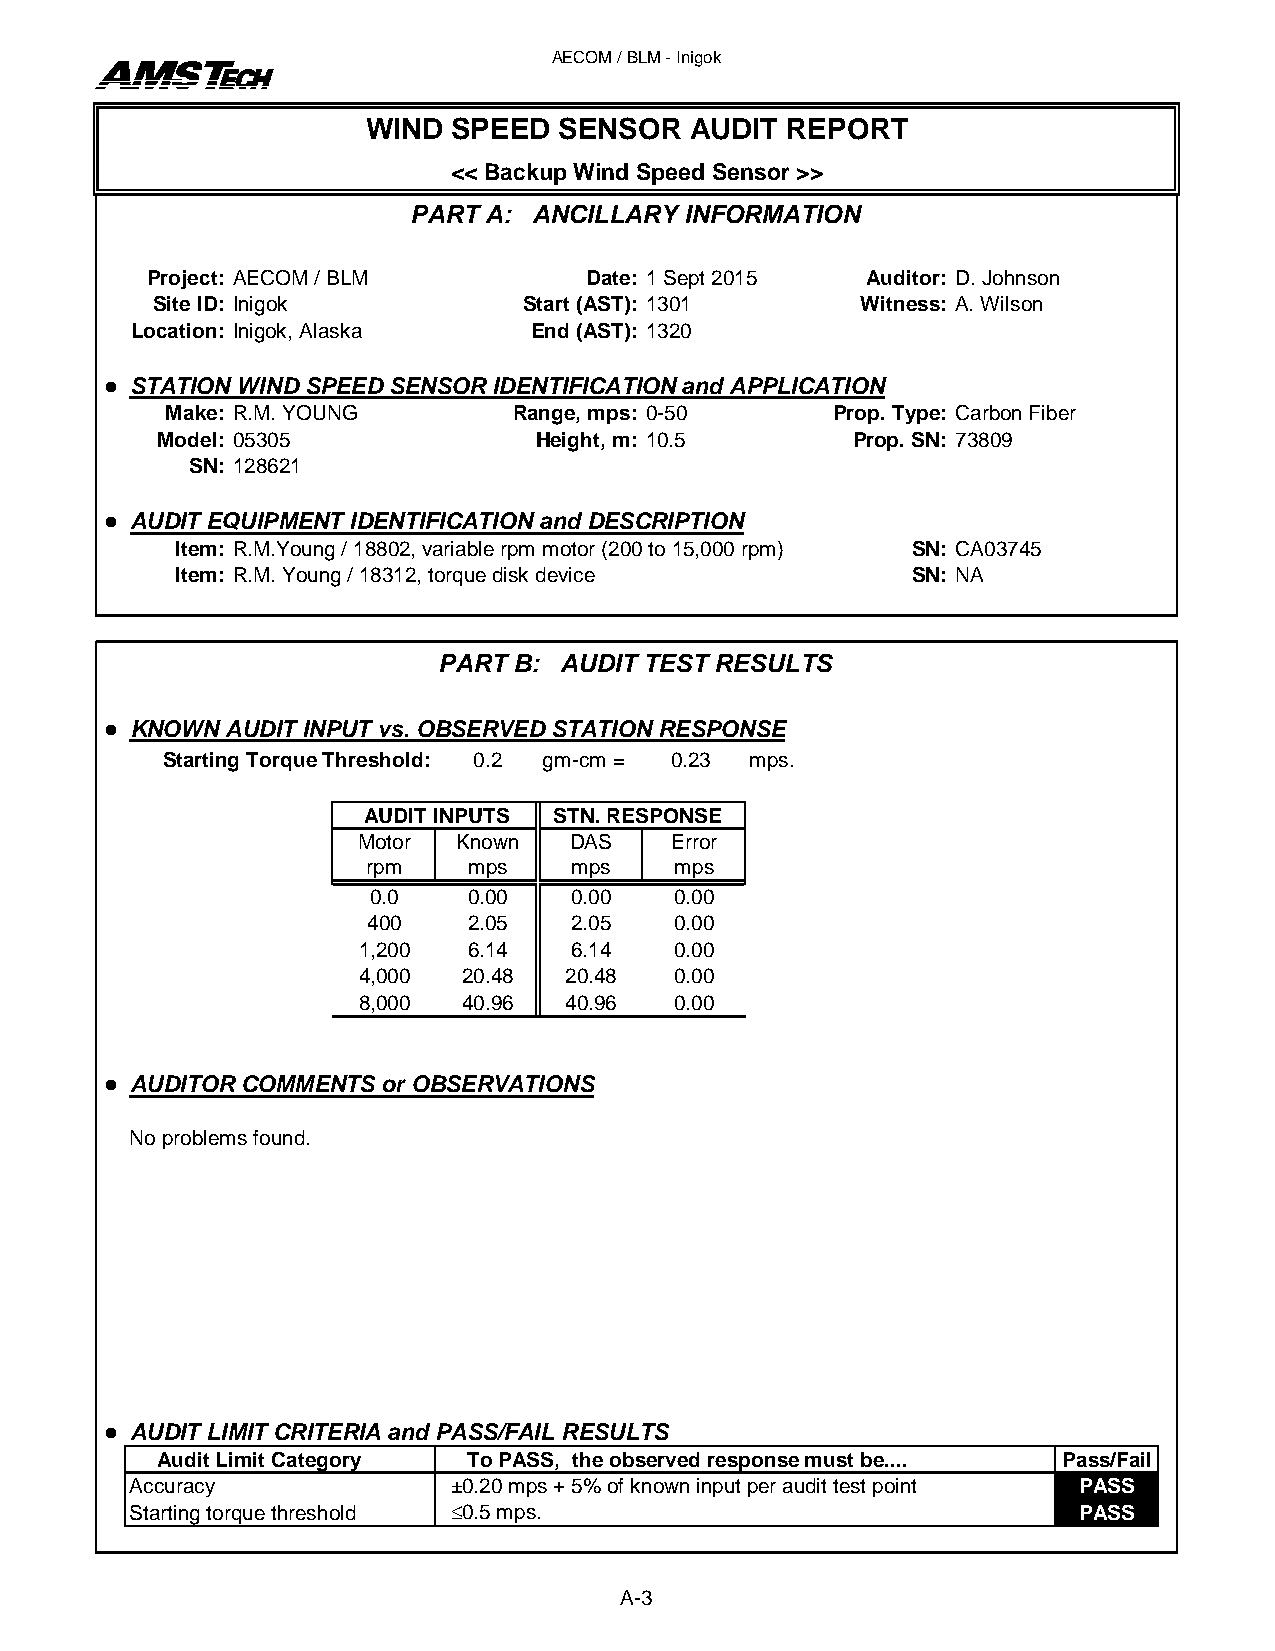
AECOM / BLM - Inigok
 WIND SPEED   SENSOR  AUDIT  REPORT
 << Backup Wind Speed Sensor >>
 PART A: ANCILLARY INFORMATION
 Project: AECOM / BLM         Date: 1 Sept 2015  Auditor: D. Johnson
 Site ID: Inigok         Start (AST): 1301     Witness: A. Wilson
 Location: Inigok, Alaska   End (AST): 1320
  STATION WIND SPEED SENSOR IDENTIFICATION and APPLICATION
 Make: R.M. YOUNG       Range, mps: 0-50      Prop. Type: Carbon Fiber
 Model: 05305             Height, m: 10.5      Prop. SN: 73809
 SN: 128621
  AUDIT EQUIPMENT IDENTIFICATION and DESCRIPTION
 Item: R.M.Young / 18802, variable rpm motor (200 to 15,000 rpm) SN: CA03745
 Item: R.M. Young / 18312, torque disk device     SN: NA
 PART B: AUDIT TEST RESULTS
  KNOWN AUDIT INPUT vs. OBSERVED STATION RESPONSE
 Starting Torque Threshold: 0.2 gm-cm = 0.23 mps.
 AUDIT INPUTS STN. RESPONSE
 Motor  Known  DAS    Error
 rpm   mps    mps    mps
 0.0   0.00   0.00   0.00
 400   2.05   2.05   0.00
 1,200  6.14   6.14   0.00
 4,000  20.48  20.48  0.00
 8,000  40.96  40.96  0.00
  AUDITOR COMMENTS or OBSERVATIONS
 No problems found.
  AUDIT LIMIT CRITERIA and PASS/FAIL RESULTS
 Audit Limit Category To PASS, the observed response must be.... Pass/Fail
 Accuracy             ±0.20 mps + 5% of known input per audit test point PASS
 Starting torque threshold ≤0.5 mps.                            PASS
 A-3